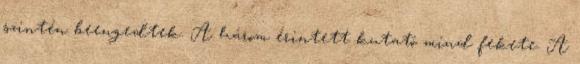
szintén beengedtek. A három érintett kutató mind fekete. A